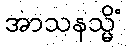
အာသနသ္မိံ